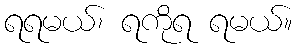
ရရမယ်၊ ရကိုရ ရမယ်။